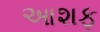
આશફ